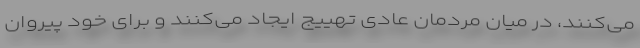
می‌کنند، در میان مردمان عادی تهییج ایجاد می‌کنند و برای خود پیروان